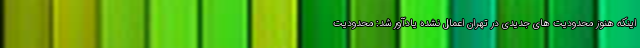
اینکه هنوز محدودیت های جدیدی در تهران اعمال نشده یادآور شد: محدودیت